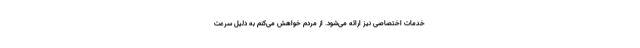
خدمات اختصاصی نیز ارائه می‌شود. از مردم خواهش می‌کنم به دلیل سرعت